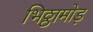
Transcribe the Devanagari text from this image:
भिठ्ठामोड़